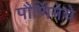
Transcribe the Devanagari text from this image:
पौर्णिमेचे